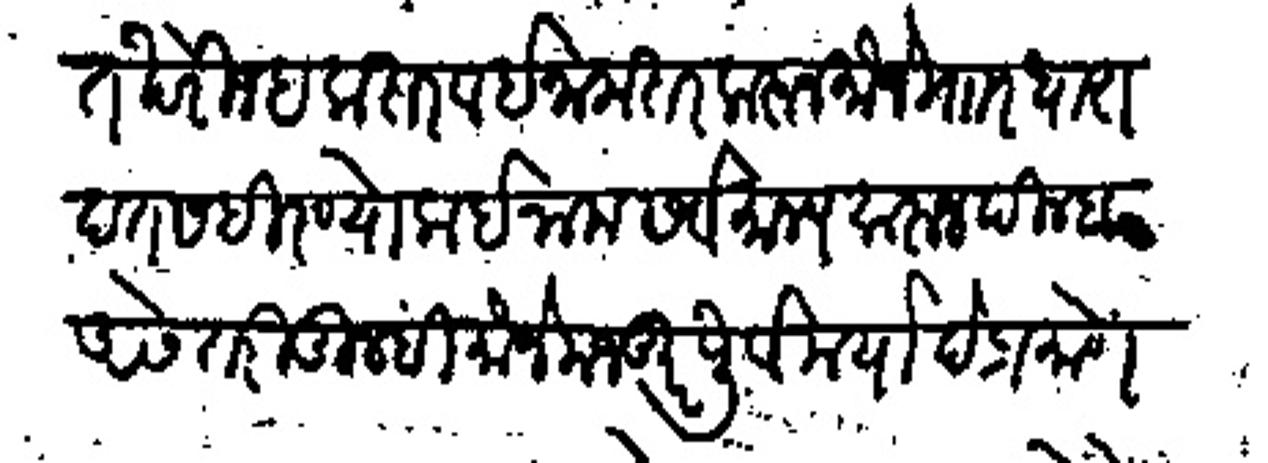
Transliteration (Devanagari): सहीत खेरीज हकदार व इनामदार करुन मौजे मार धारापत सहिरोण्योक इनाम सर्वमान्य करुन दिल्हा असे तरी तुम्ही मौजे मजकुर पूर्वमर्यादे प्रमाणे